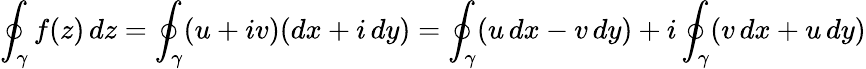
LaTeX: \oint_{\gamma}f(z)\, dz=\oint_{\gamma}(u+iv)(dx+i\, dy)=\oint_{\gamma}(u\, dx-v\, dy)+i\oint_{\gamma}(v\, dx+u\, dy)